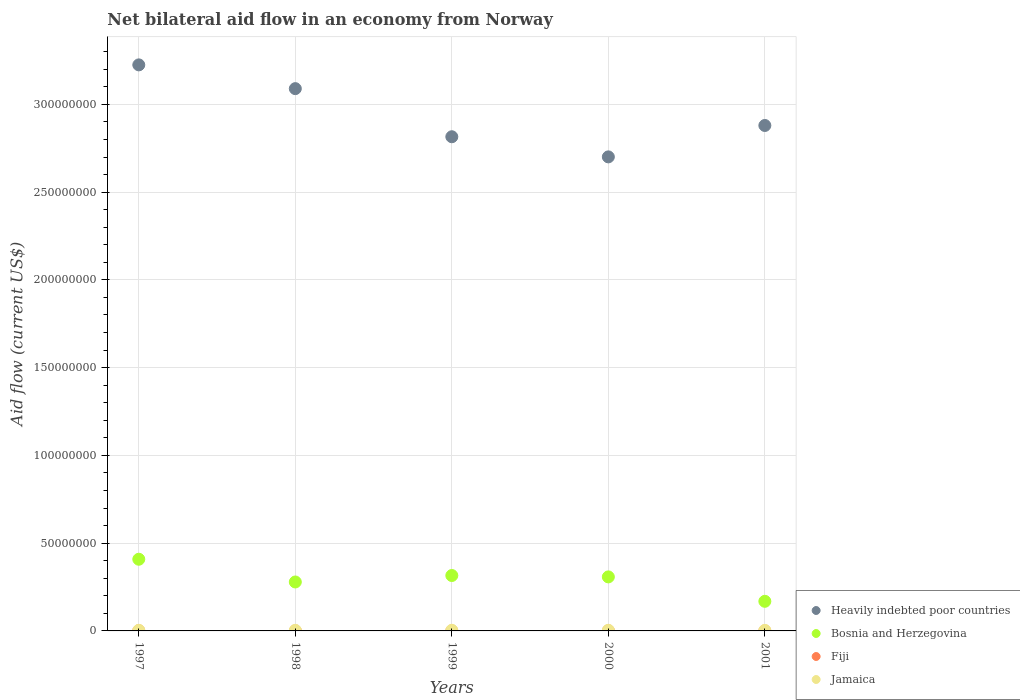
| Years | Heavily indebted poor countries | Bosnia and Herzegovina | Fiji | Jamaica |
 | --- | --- | --- | --- | --- |
 | 1997 | 3.23e+08 | 4.08e+07 | 1.3e+05 | 3.4e+05 |
 | 1998 | 3.09e+08 | 2.79e+07 | 2e+04 | 3.4e+05 |
 | 1999 | 2.82e+08 | 3.16e+07 | 2e+04 | 3.6e+05 |
 | 2000 | 2.7e+08 | 3.08e+07 | 1e+05 | 3.6e+05 |
 | 2001 | 2.88e+08 | 1.69e+07 | 2e+04 | 3.1e+05 |